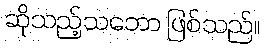
ဆိုသည့်သဘော ဖြစ်သည်။